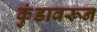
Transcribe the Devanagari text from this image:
कुंडावरून